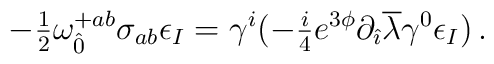
-{\textstyle\frac{1}{2}} \omega^{+ab}_{\hat{0}} \sigma_{ab} \epsilon_{I}= \gamma^{i}(-{\textstyle\frac{i}{4}} e^{3\phi}\partial_{\hat{\imath}}\overline{\lambda}\gamma^{0}\epsilon_{I})\, .